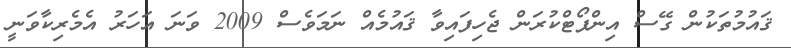
ޤައުމުތަކުން ގޭސް އިންޕޯޓްކުރަން ޖެހިފައިވާ ޤައުމެއް ނަމަވެސް 2009 ވަނަ އަހަރު އެމެރިކާވަނީ